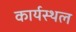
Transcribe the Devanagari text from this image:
कार्यस्‍थल